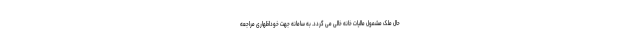
حال ملک مشمول مالیات خانه خالی می گردد. به سامانه جهت خوداظهاری مراجعه